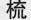
梳